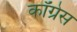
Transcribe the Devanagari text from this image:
कॉँंग्रेस